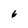
Character: 6